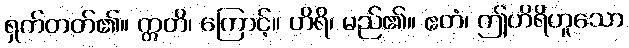
ရှက်တတ်၏။ ဣတိ၊ ကြောင့်။ ဟိရိ၊ မည်၏။ ဧတံ၊ ဤဟိရိဟူသော